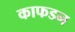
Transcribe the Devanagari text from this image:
काफडन